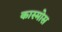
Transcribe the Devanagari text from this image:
कास्मोस